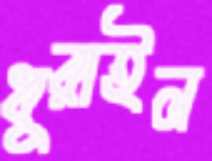
ধুরাইল